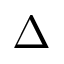
\Delta